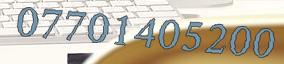
07701405200